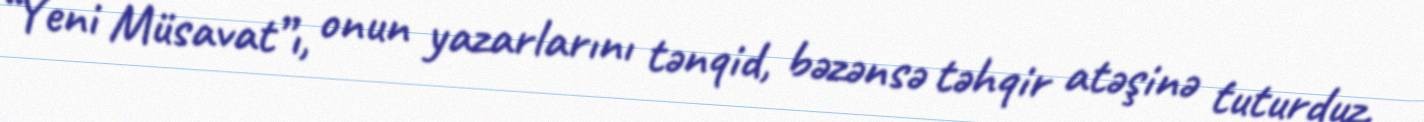
“Yeni Müsavat”ı, onun yazarlarını tənqid, bəzənsə təhqir atəşinə tuturduz.